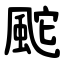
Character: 䬁